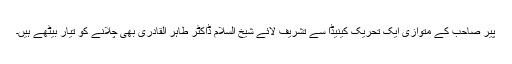
پیر صاحب کے متوازی ایک تحریک کینیڈا سے تشریف لائے شیخ السلام ڈاکٹر طاہر القادری بھی چلانے کو تیار بیٹھے ہیں۔